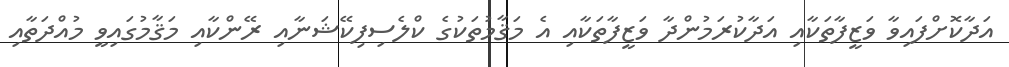
އަދާކޮށްފައިވާ ވަޒީފާތަކާއި އަދާކުރަމުންދާ ވަޒީފާތަކާއި އެ މަޤާމުތަކުގެ ކްލެސިފިކޭޝަނާއި ރޭންކާއި މަޤާމުގައިވީ މުއްދަތާއި